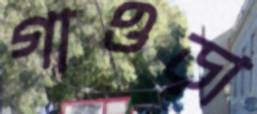
গাওড়া